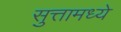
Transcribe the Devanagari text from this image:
सुत्तामध्ये